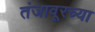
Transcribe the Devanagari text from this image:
तंजावूरच्या